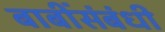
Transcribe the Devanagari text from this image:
बाबींसंबंधी